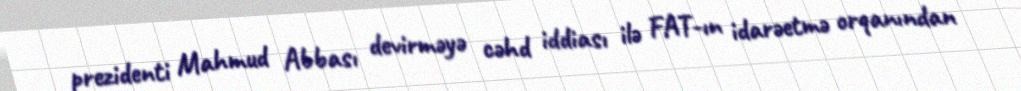
prezidenti Mahmud Abbası devirməyə cəhd iddiası ilə FAT-ın idarəetmə orqanından